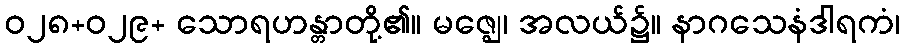
ဝ၂၈+ဝ၂၉+ သောရဟန္တာတို့၏။ မဇ္ဈေ၊ အလယ်၌။ နာဂသေနံဒါရကံ၊